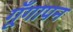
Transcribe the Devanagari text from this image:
गूँगापन